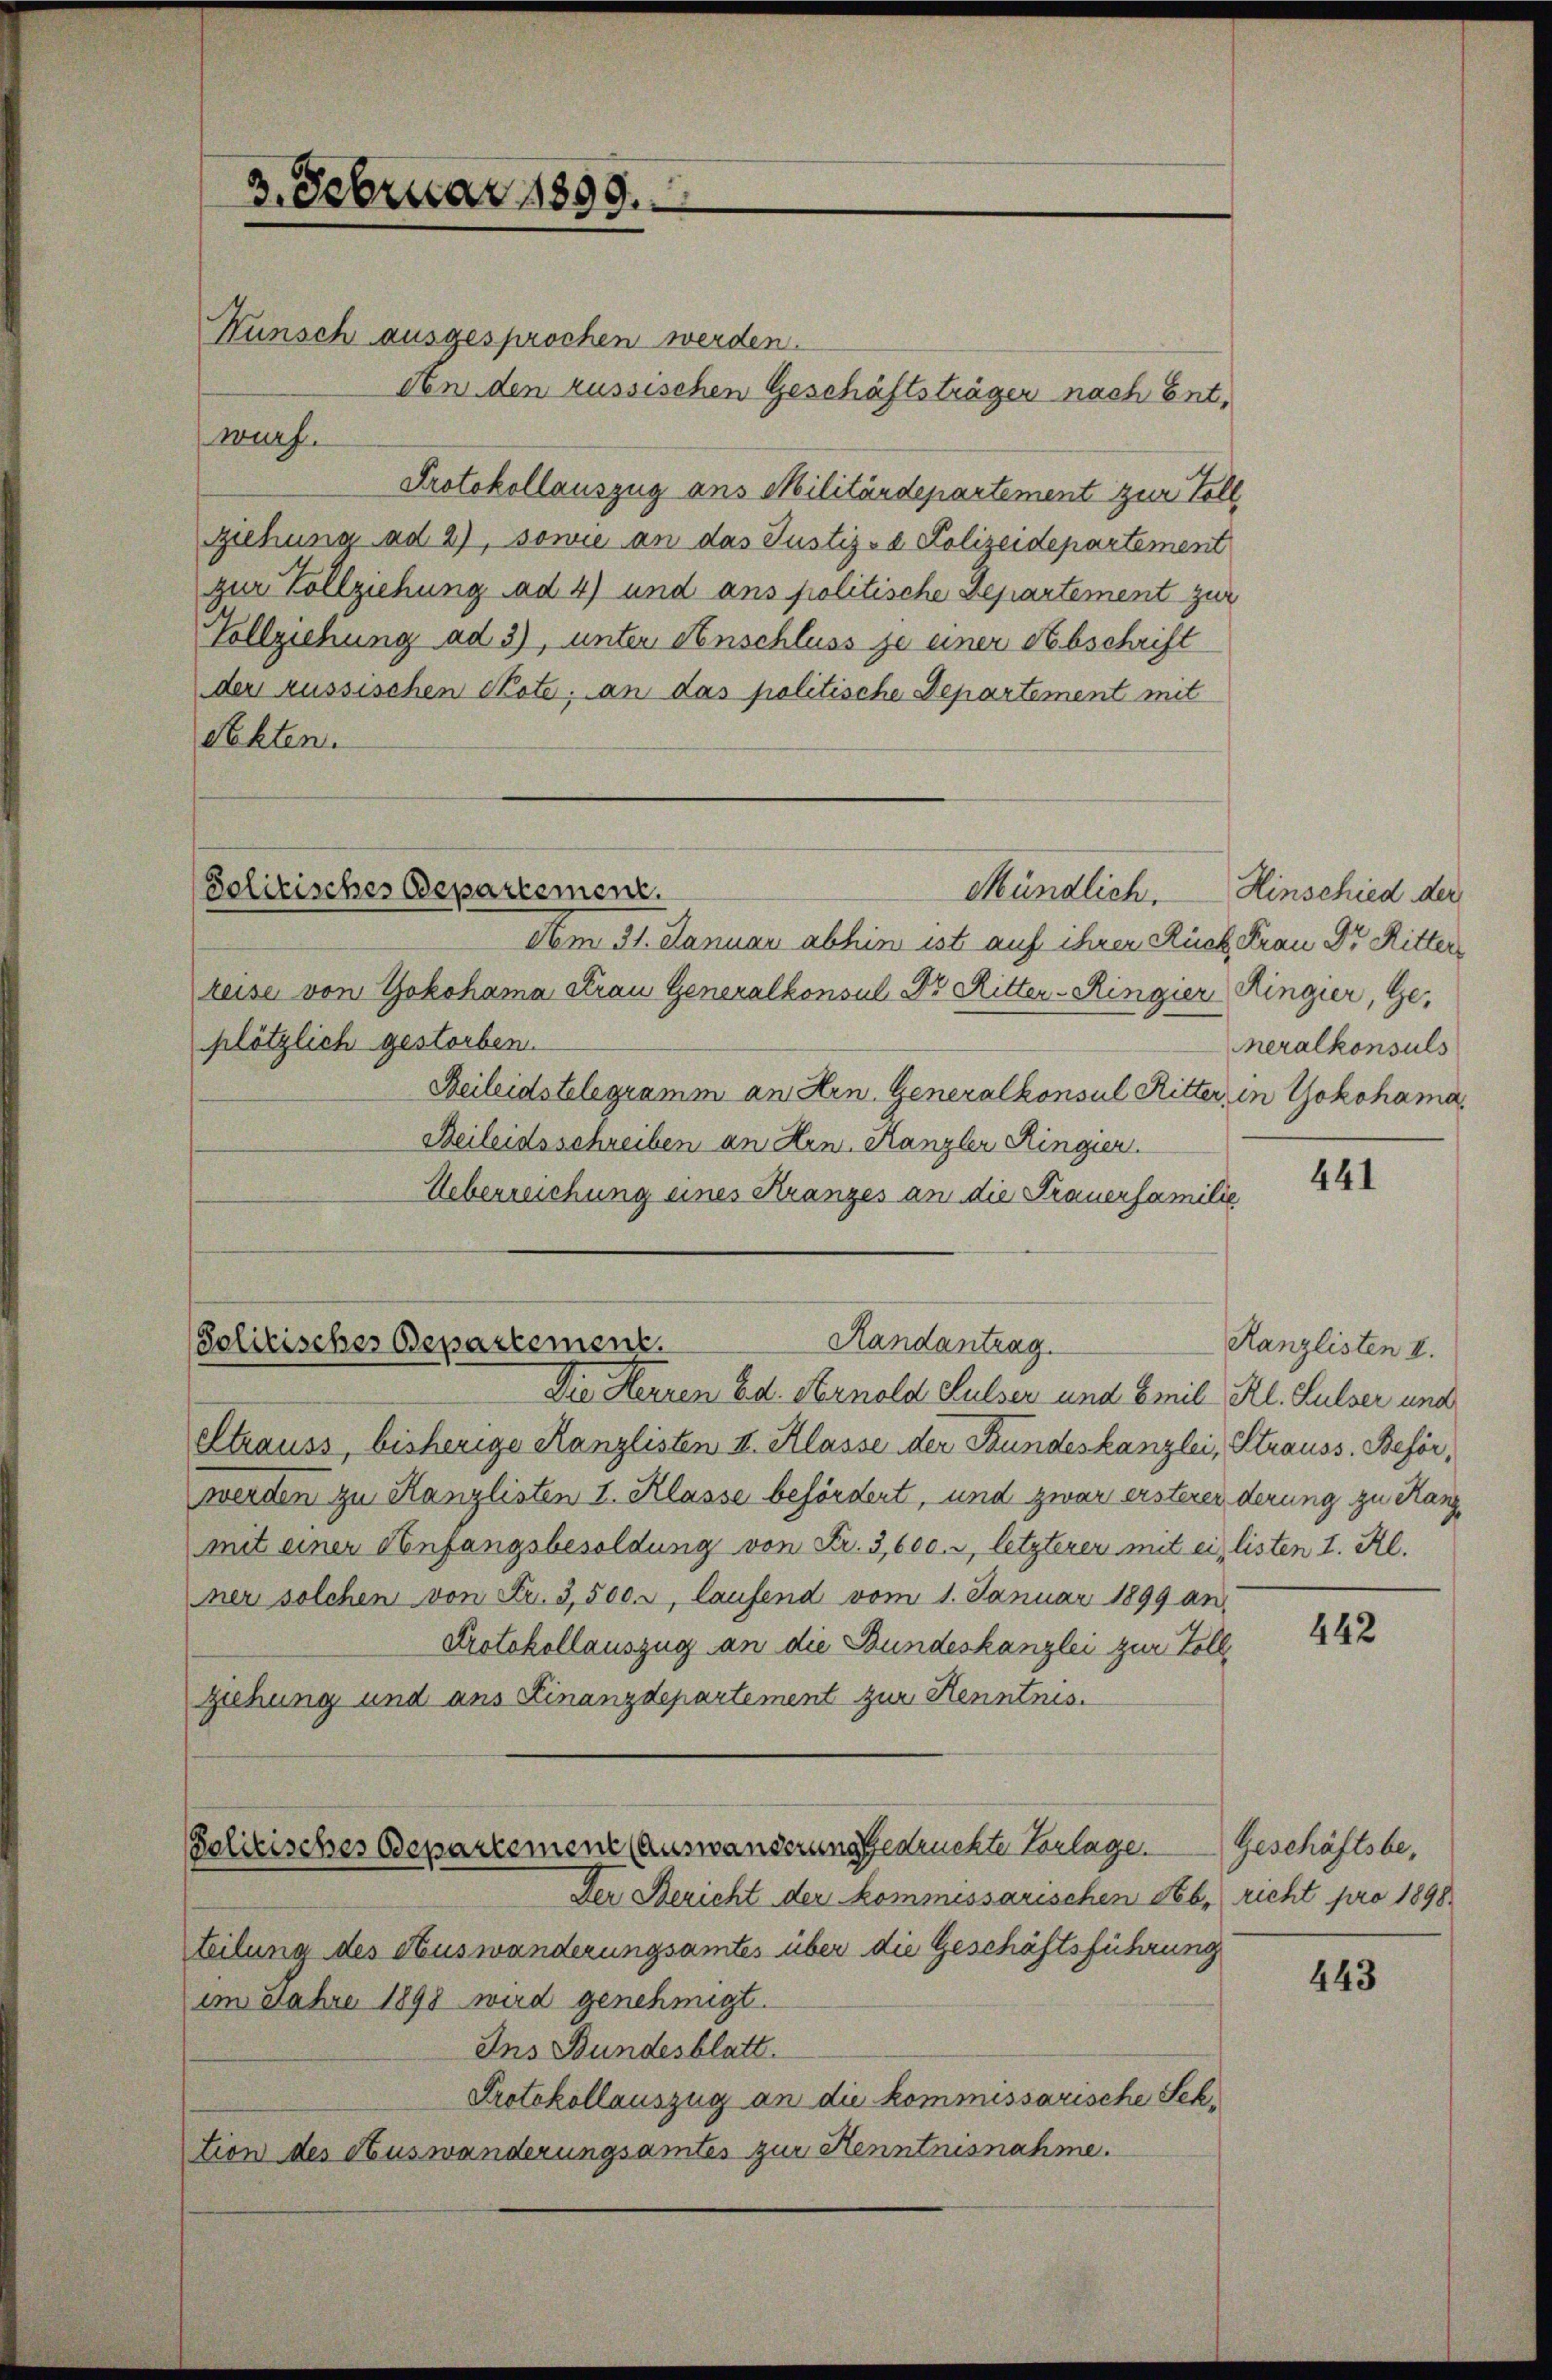
3. Februar 1899.
Kunsch ausgesprochen werden.

An den russischen Geschäftsträgen nach Entwurf.
Protokollauszug aus Militärdepartement zur Toll,
ziehung ad 2), sowie an das Justiz- & Polizeidepartement
zur Vollziehung ad 4) und ans politische Departement zur
Vollziehung ad 3), unter Anschluss je einer Abschrift
der russischen Cote; an das politische Departement mit
Rehten.

Solitisches Departement.

Randantrag
Solitisches Departement.

Mündlich.

Am 31. Januar abhin ist auf ihrer Rück Frau Dr. Ritter
reise von Yokohama Strau Generalkonsul Dr Ritter-Ringier Ringier, Ge-
plötzlich gestorben.
Beileidstelegramm an Hrn. Generalkonsul Ritter, in Yokohama
Beileidsschreiben an Hrn. Kanzler Ringier
Ueberreichung eines Kranzes an die Frauerfamilie
Die Herren Ed. Arnold Sulser und Emil Kl. Sulzer und
Strauss, bisherige Kanzlisten II. Klasse der Bundeskanzlei, Strauss. Beförwerden zu Kanzlisten I. Klasse befördert, und zwar ersterenderung zu Hanz
mit einer Anfangsbesoldung von Fr. 3,600., letzterer mit ein listen I. Kl.
ner solchen von Fr. 3,500. r, laufend vom 1. Januar 1899 an
Protokollauszug an die Bundeskanzlei zur Vollziehung und aus Linanzdepartement zur Kenntnis.
Solitisches Departement (Auswanderung gedruckte Vorlage.
Der Bericht der kommessarischen Neb, richt pro 1898
teilung des Auswanderungsamtes über die Geschäftsführung
im Jahre 1898 wird genehmigt.
Ins Bundesblatt.
Protokollauszug an die kommissarische Schtion des Auswanderungsamtes zur Henntnisnahme.

Hinschied der
neralkonsuls

441

Kanzlisten II.

442

Geschäftsbe¬

443